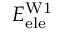
E _ { \mathrm { e l e } } ^ { \mathrm { W 1 } }